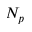
N _ { p }